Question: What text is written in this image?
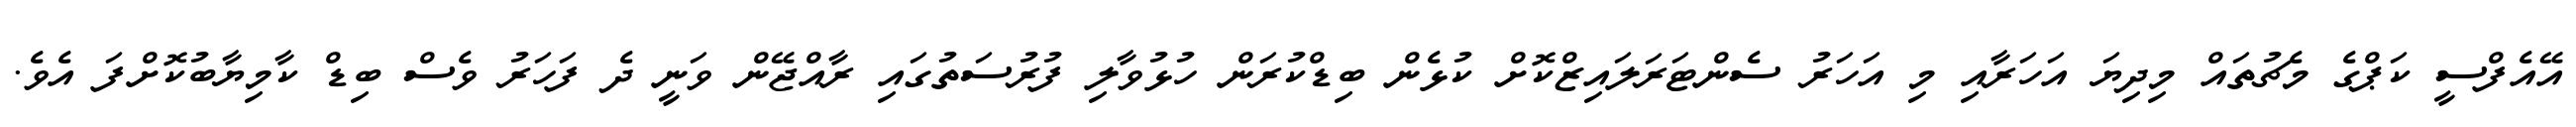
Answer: އޭއެފްސީ ކަޕްގެ މެޗުތައް މިދިޔަ އަހަރާއި މި އަހަރު ސެންޓަރަލައިޒްކޮށް ކުޅެން ބިޑްކުރަން ހުޅުވާލި ފުރުސަތުގައި ރާއްޖޭން ވަނީ ދެ ފަހަރު ވެސް ބިޑް ކާމިޔާބުކޮށްފަ އެވެ.